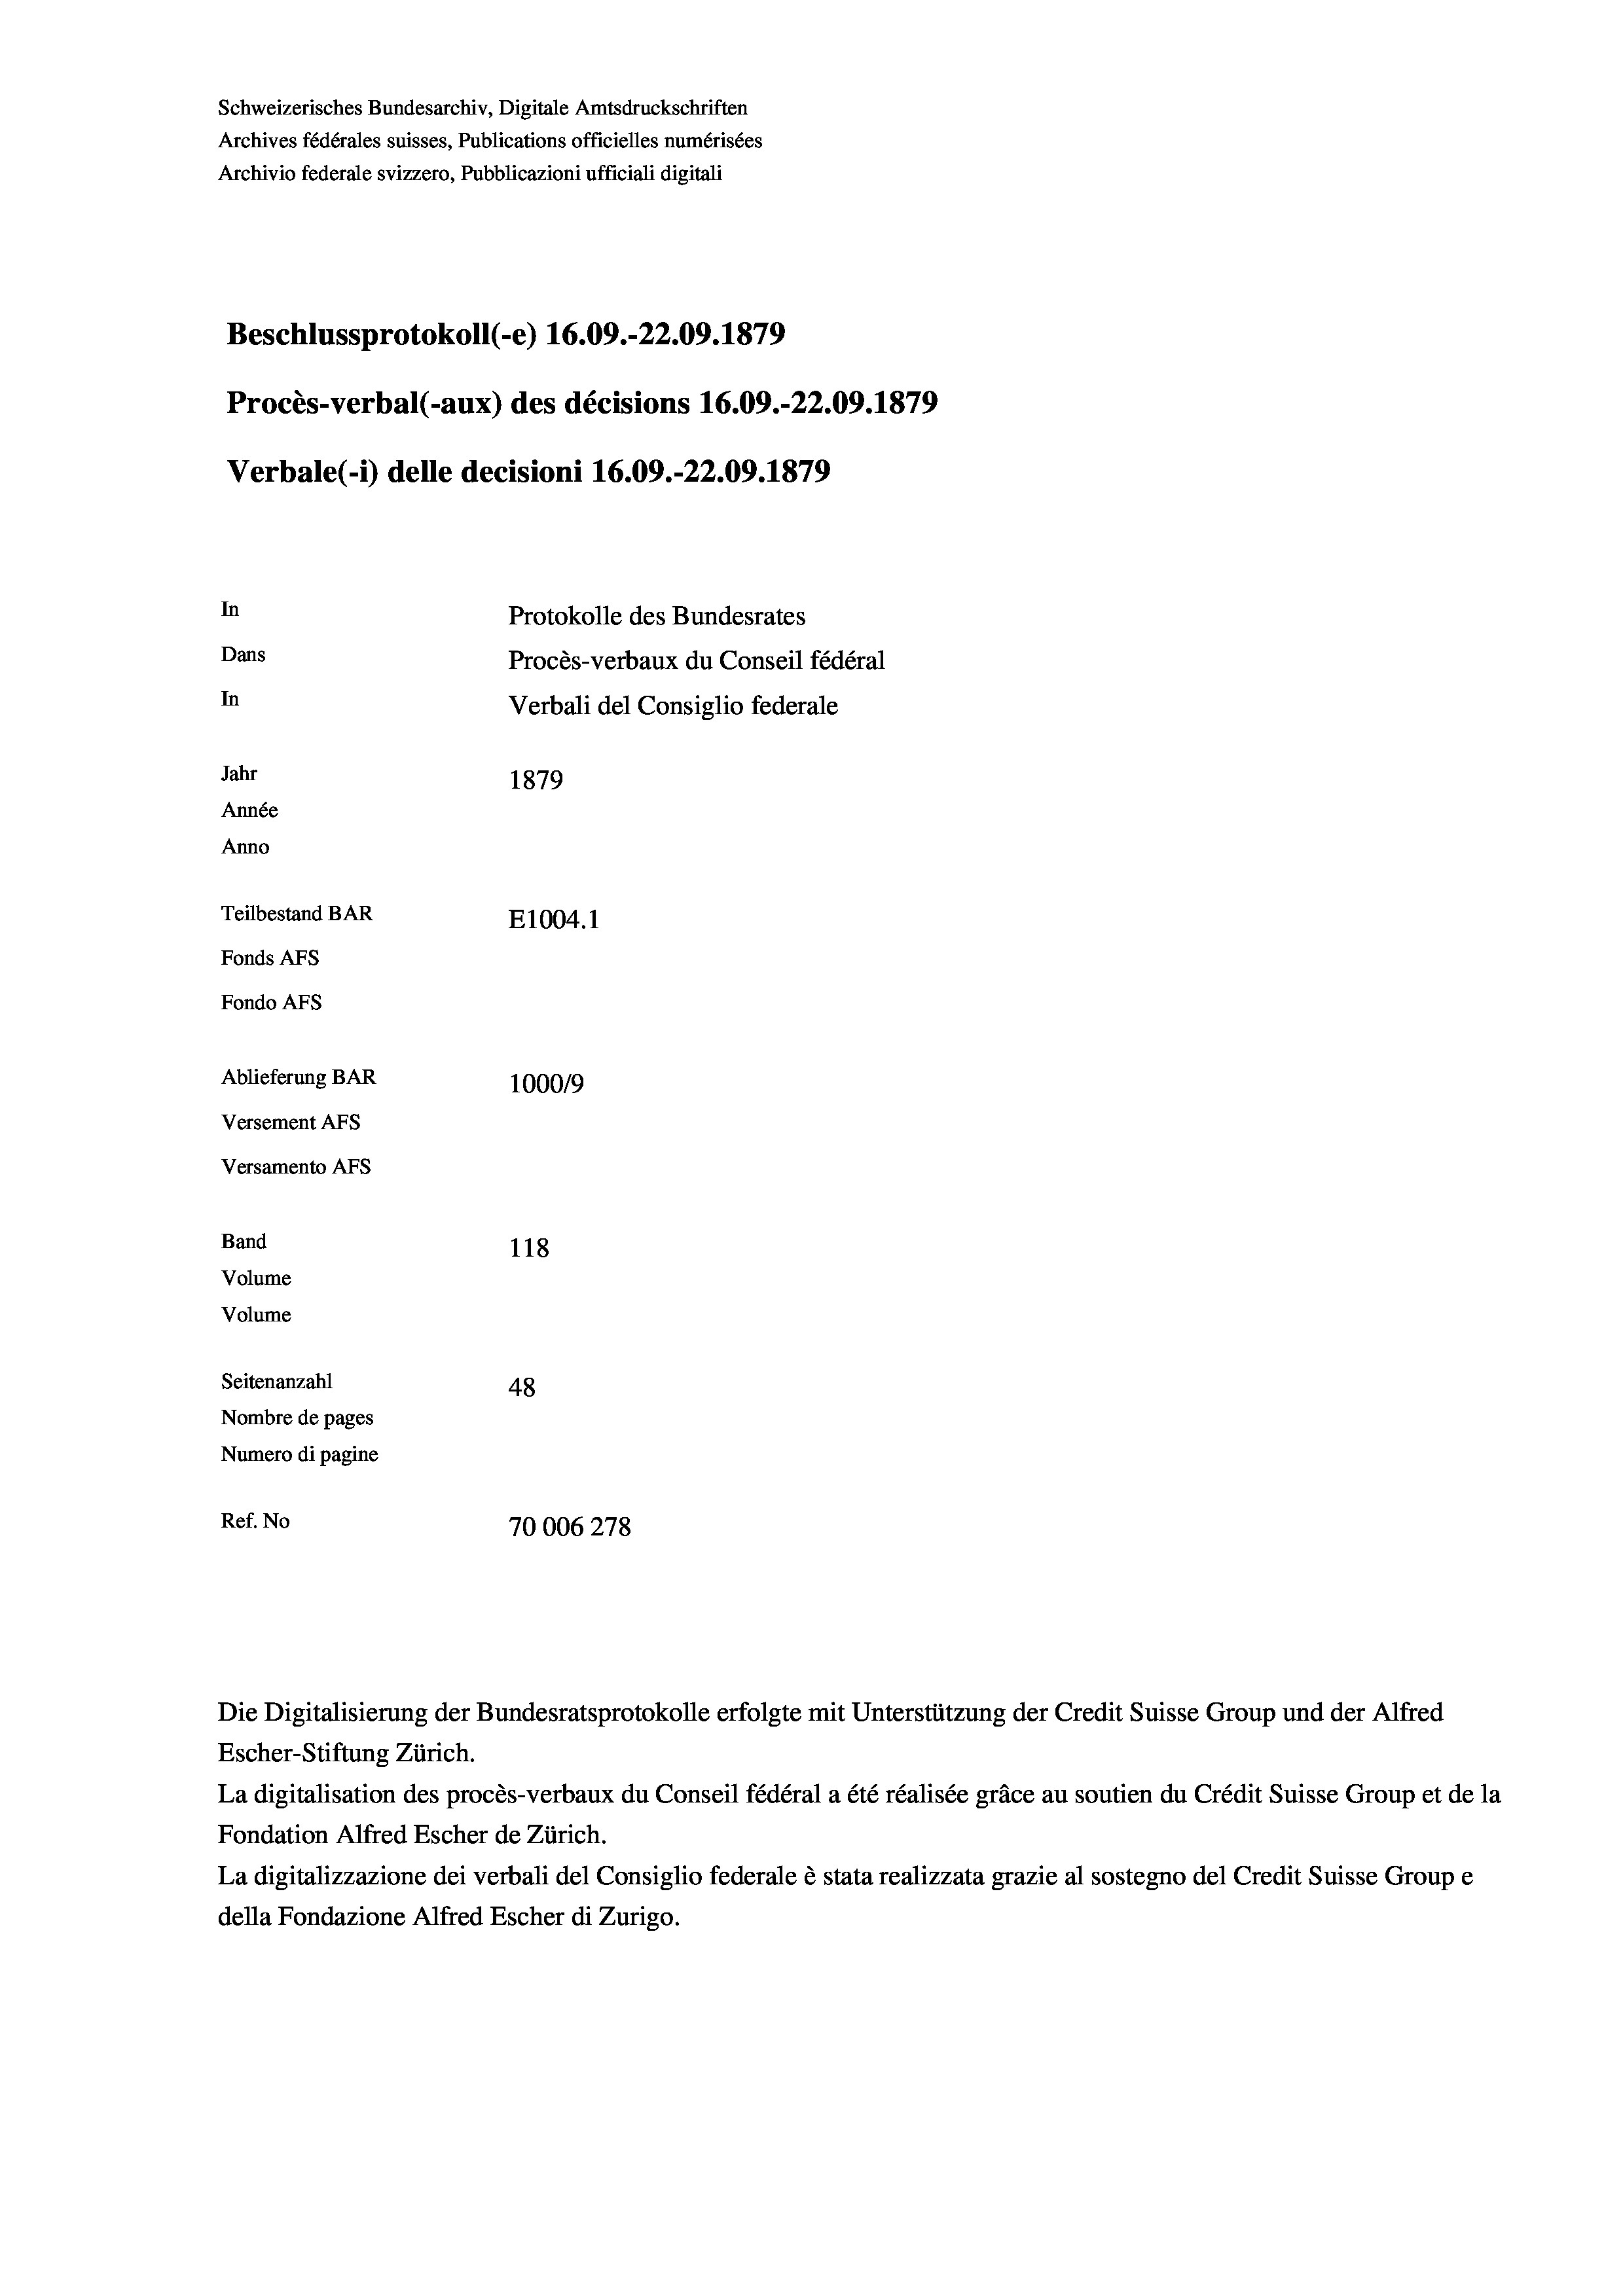
Schweizerisches Bundesarchiv, Digitale Amtsdruckschriften
Archives fédérales suisses, Publications officielles numérisées
Archivio federale svizzero, Pubblicazioni ufficiali digitali
Beschlussprotokoll (-e) 16.09.-22.09. 1879
Procès-verbal (-aux) des décisions 16.09.-22.09. 1879
Verbale (- 1) delle decisioni 16.09.-22.09. 1879
In
Protokolle des Bundesrates
Dans
Procès-verbaux du Conseil fédéral
In
Verbali del Consiglio federale
Jahr
1879
Année
Anno
Teilbestand BAR
E1004. 1
Fonds AFs
Fondo AFs
Ablieferung BAR
100019
Versement AFs
Versamento Afs
Band
118
Volume
Volume
Seitenanzahl
48
Nombre de pages
Numero di pagine
Ref. No
70006278

Escher-Stiftung Zürich.
La digitalisation des procès-verbaux du Conseil fédéral a été réalisée gräce au soutien du Crédit Suisse Group et de la
Fondation Alfred Escher de Zürich.
La digitalizzazione dei verbali del Consiglio federale è stata realizzata grazie al sostegno del Credit Suisse Groupe
della Fondazione Alfred Escher di Zurigo.

Die Digitalisierung der Bundesratsprotokolle erfolgte mit Unterstützung der Credit Suisse Group und der Alfred